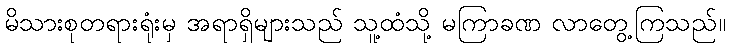
မိသားစုတရားရုံးမှ အရာရှိများသည် သူ့ထံသို့ မကြာခဏ လာတွေ့ကြသည်။